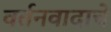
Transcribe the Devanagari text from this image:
वर्तनवादाचे